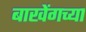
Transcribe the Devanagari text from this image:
बाखेंगच्या